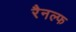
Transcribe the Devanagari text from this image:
रैनल्फ